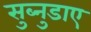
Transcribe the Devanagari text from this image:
सुब्नुडाए